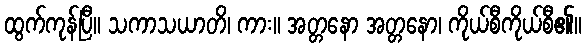
ထွက်ကုန်ပြီ။ သကာသယာတိ၊ ကား။ အတ္တနော အတ္တနော၊ ကိုယ်စီကိုယ်စီ၏။